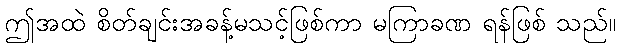
ဤအထဲ စိတ်ချင်းအခန့်မသင့်ဖြစ်ကာ မကြာခဏ ရန်ဖြစ် သည်။